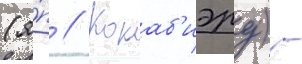
(я́п // Кокаб'иэру) -